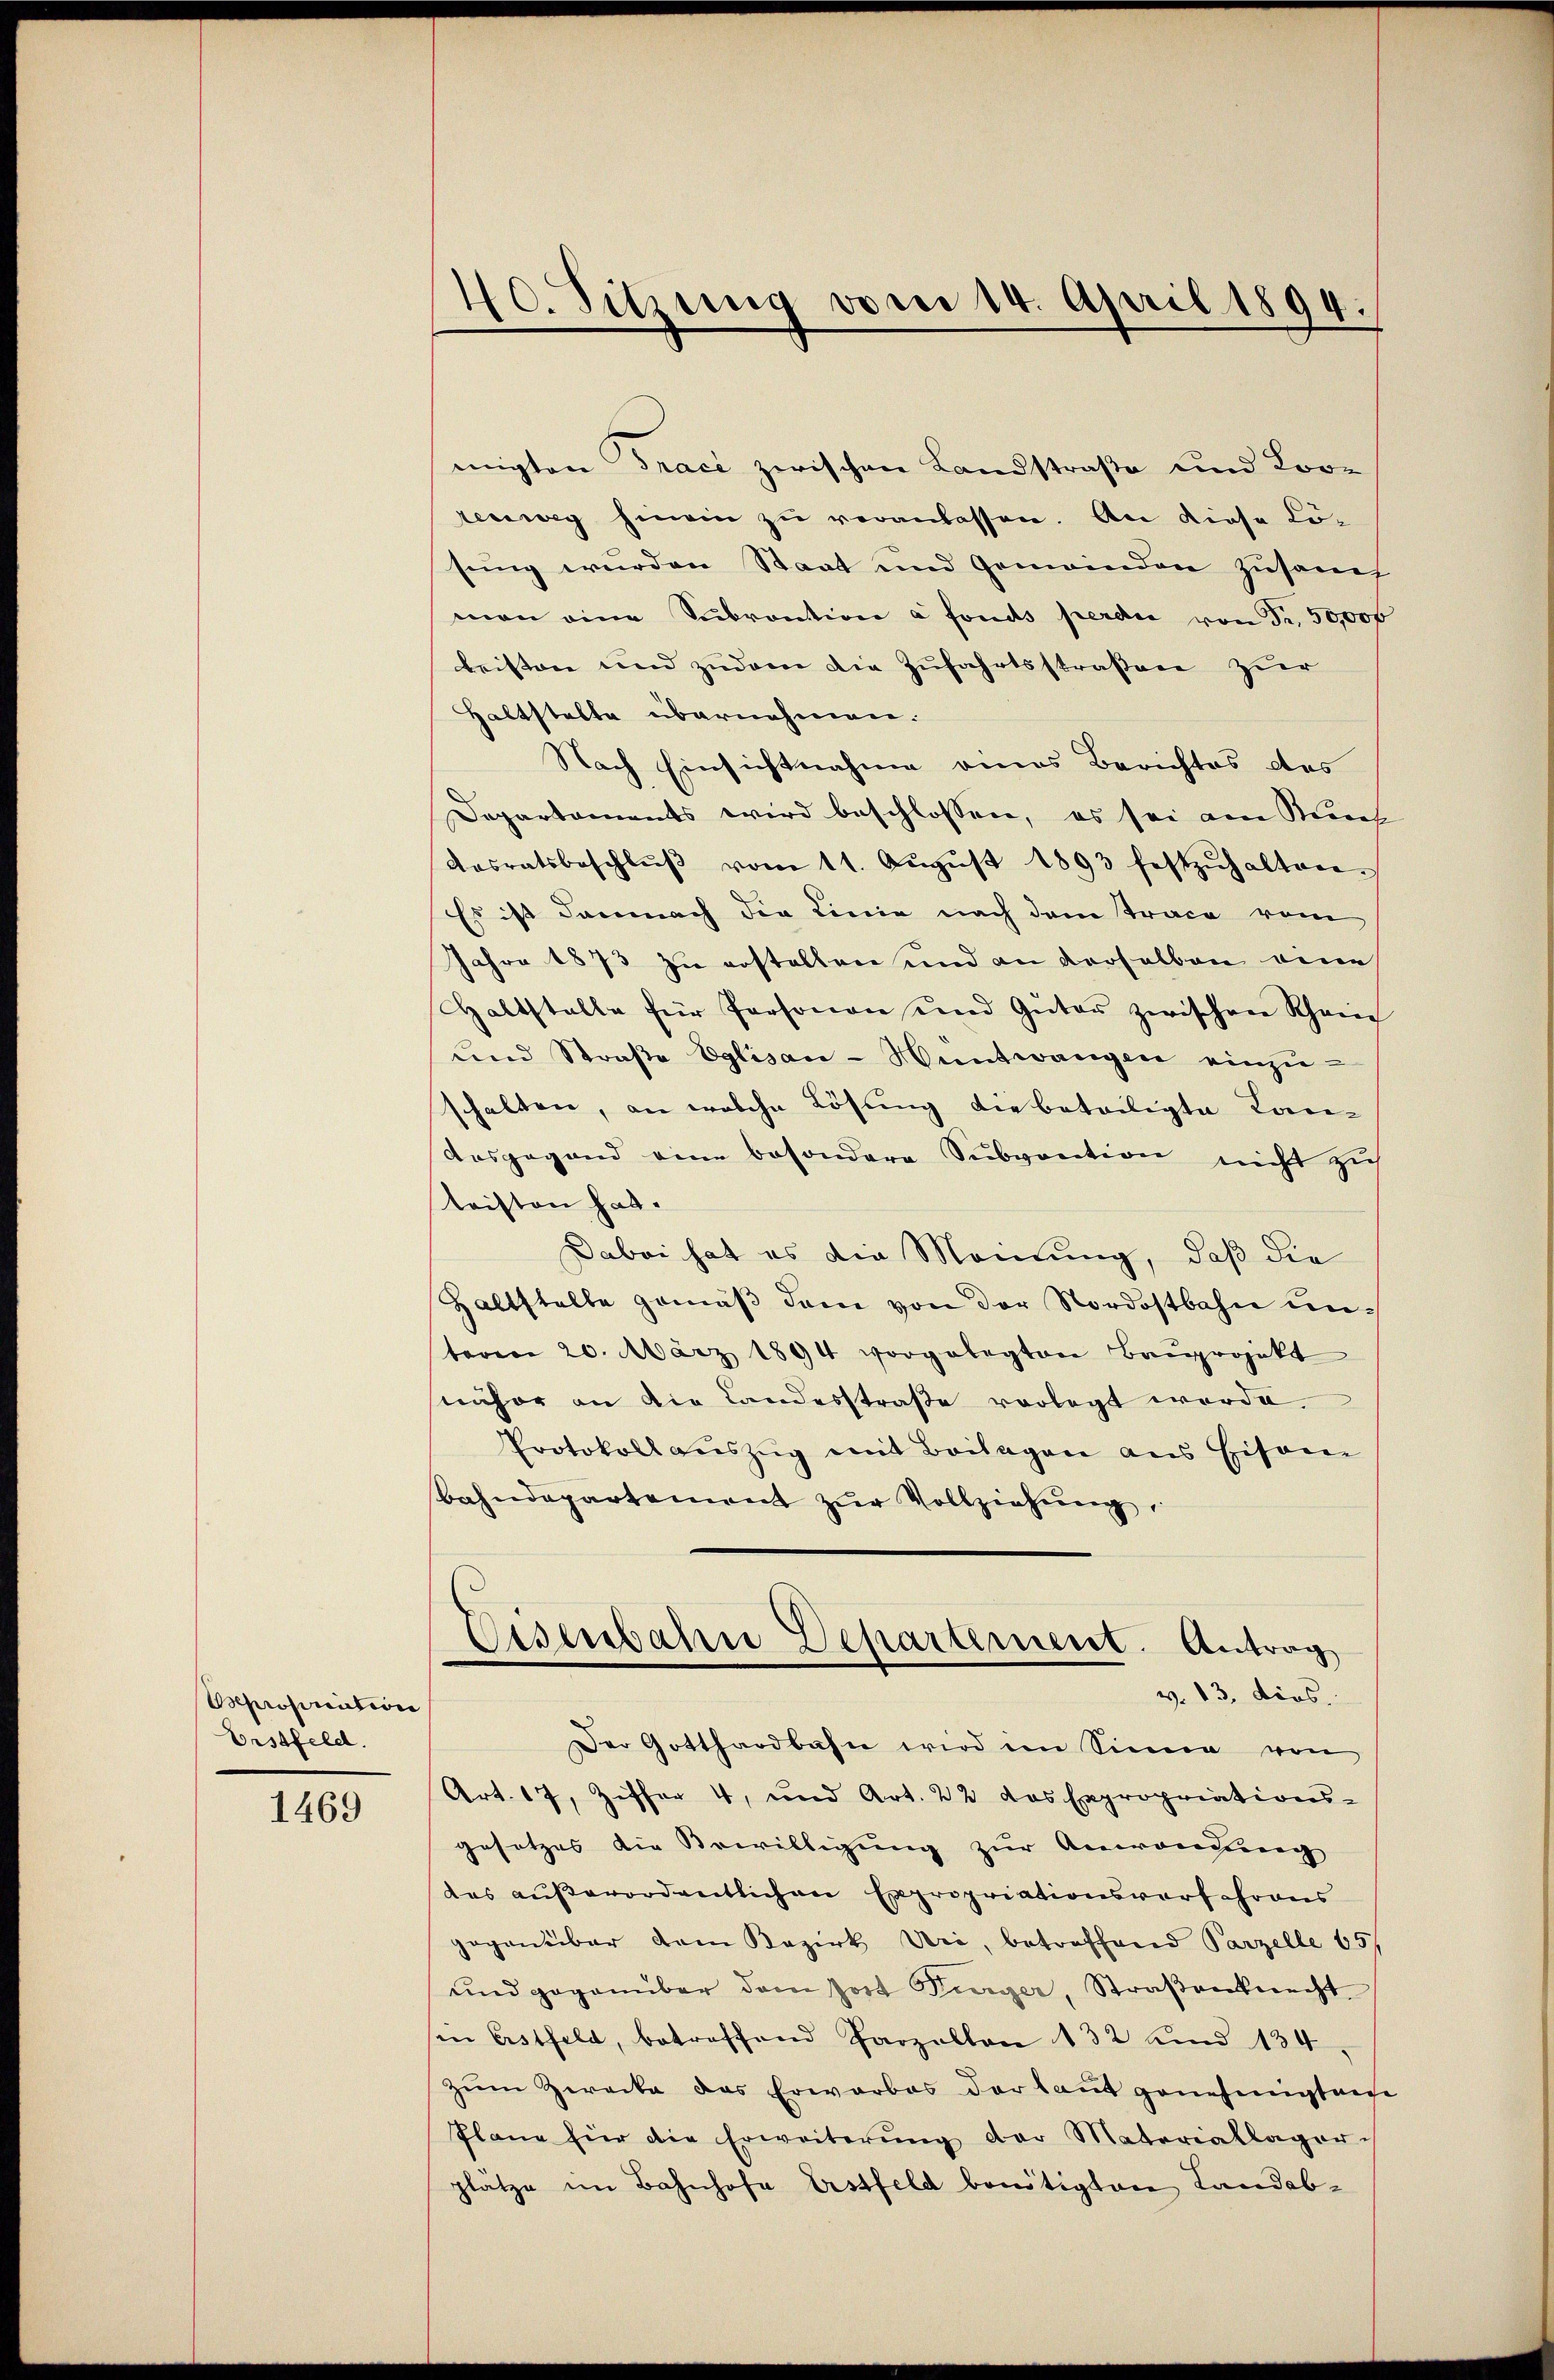
Opropriation
Erstfeld.

1469

migten Tracé zwischen Landstraße und Kor-
tenweg hinein zu veranlassen. An diese Lösung wurden Staat und Gemeinden zusam
man eine Subvention à fonds perdie von Fr. 50,000
leisten und zudem die Zufahrtsstraßen zur
Haltstalte übernehmen.
Nach Einsichtnahme eines Berichtes des
Departements wird beschlossen, es sei am Kirch
Kasratsbeschlŭβ vom 11. Aŭgŭst 1893 festzŭhalten.
Es ist danach die Linie nach dem Trace vom
Jahre 1873 zu erstellen und an derselben eine
Haltstelle für Personen und Güter zwischen Schan
und Straβe Eglisau-Wentwangen einzuschalten, an welche Lösung die beteiligte Lan-
Ausgegend eine besondere Subvention nicht zu
Kristen hat.
Dabei hat es die Meinung, daß die
Haltstelle gemäβ dem von der Nordostbahn unteren 20. März 1894 vorgelegten Baŭprojekt
näher an die Landesstraße vorlegt worde
Protokoll auszug mit Beilagen aus Eisam
bahndepartement zŭr Vollziehŭng,

40. Sitzung vom 14. April 1894.

Eisenbahn Departement. Antrag
v. 13. dios.

Der Gotthardbahn wird im Sinne von
Art. 17, Ziffer 4, und Art. 22 das Expropriations-
gesetzes die Bewilligung zur Anwendung
das außerordentlichen Expropriationsvorfahrens
gegenüber dem Bezirk Uri, betreffend Parzelle 65,
und gegenüber dem fort Turger, Straβenknecht
in Erstfeld, betreffend Parzellen 132 und 134
zum Zwecke das Erwarbes der laut genehmigten
Plane für die Erweiterŭng der Materiallager
platze im Bahnhofe Erstfeld benötigten Landab¬